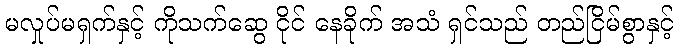
မလှုပ်မရှက်နှင့် ကိုသက်ဆွေ ငိုင် နေခိုက် အသံ ရှင်သည် တည်ငြိမ်စွာနှင့်